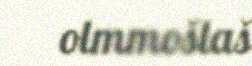
olmmošlaš